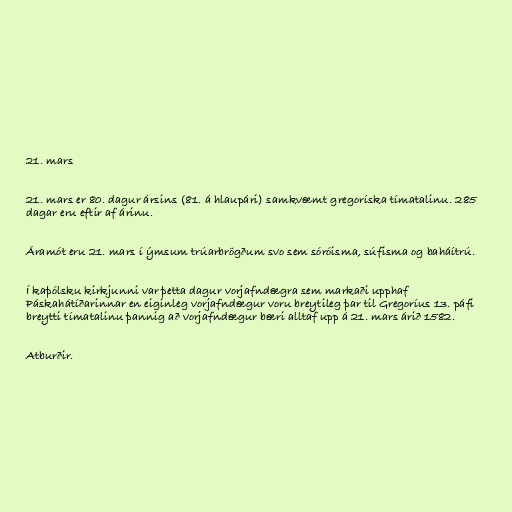
21. mars

21. mars er 80. dagur ársins (81. á hlaupári) samkvæmt gregoríska tímatalinu. 285
dagar eru eftir af árinu.

Áramót eru 21. mars í ýmsum trúarbrögðum svo sem sóróisma, súfisma og baháítrú.

Í kaþólsku kirkjunni var þetta dagur vorjafndægra sem markaði upphaf
Páskahátíðarinnar en eiginleg vorjafndægur voru breytileg þar til Gregoríus 13. páfi
breytti tímatalinu þannig að vorjafndægur bæri alltaf upp á 21. mars árið 1582.

Atburðir.